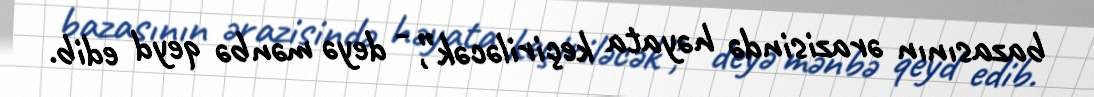
bazasının ərazisində həyata keçiriləcək”, - deyə mənbə qeyd edib.